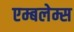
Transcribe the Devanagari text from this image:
एम्बलेम्स